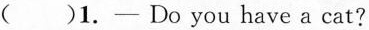
( )1. — Do you have a cat?